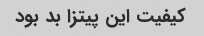
کیفیت این پیتزا بد بود